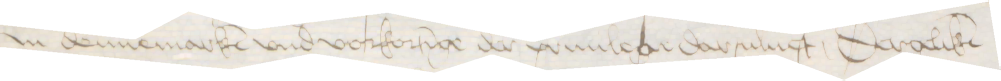
Jn dennemarken vnd vorkortinge der priuilege darsuluest, Dergeliken